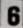
6